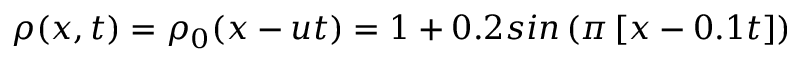
\rho ( x , t ) = \rho _ { 0 } ( x - u t ) = 1 + 0 . 2 s i n \left( \pi \left[ x - 0 . 1 t \right] \right)